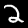
Digit: 2